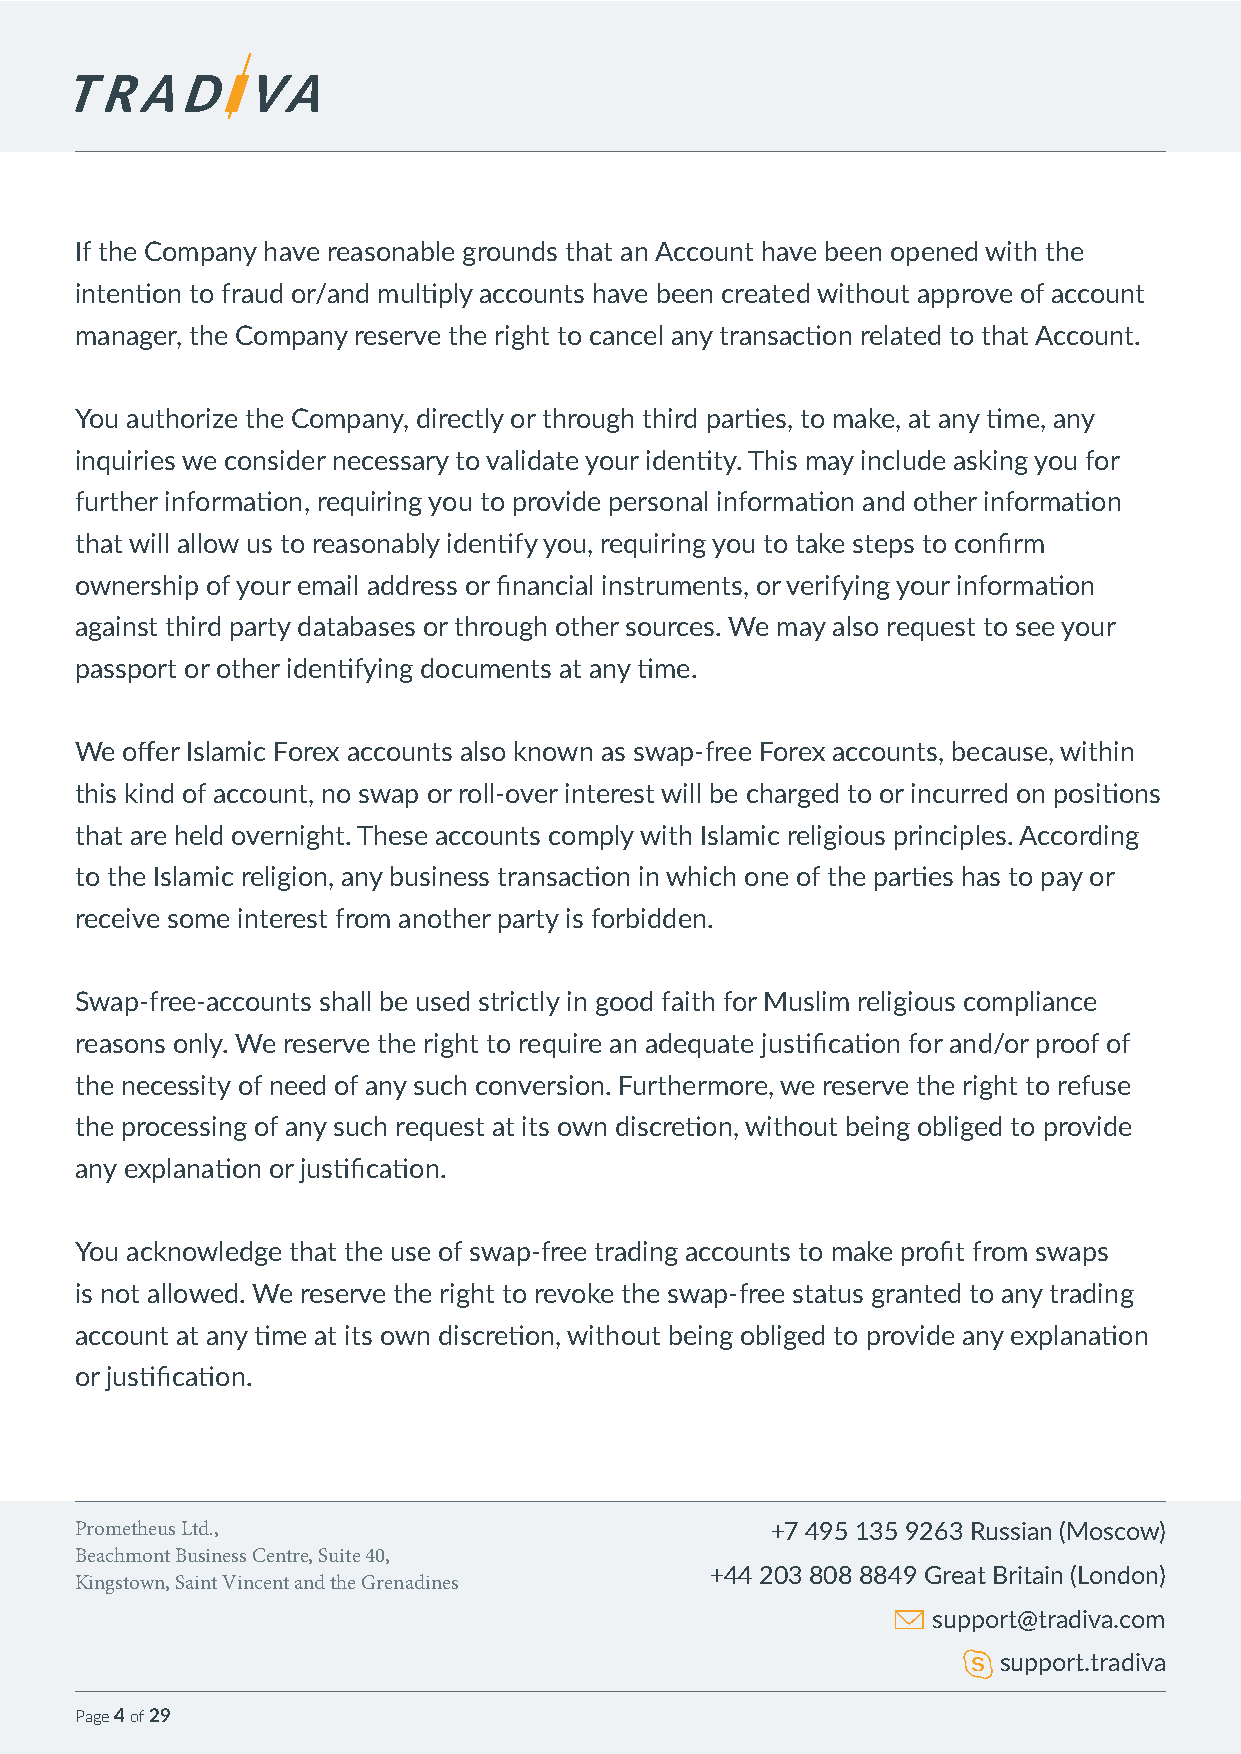
If the Company have reasonable grounds that an Account have been opened with the
 intention to fraud or/and multiply accounts have been created without approve of account
 manager, the Company reserve the right to cancel any transaction related to that Account.
 You authorize the Company, directly or through third parties, to make, at any time, any
 inquiries we consider necessary to validate your identity. This may include asking you for
 further information, requiring you to provide personal information and other information
 that will allow us to reasonably identify you, requiring you to take steps to confirm
 ownership of your email address or financial instruments, or verifying your information
 against third party databases or through other sources. We may also request to see your
 passport or other identifying documents at any time.
 We offer Islamic Forex accounts also known as swap-free Forex accounts, because, within
 this kind of account, no swap or roll-over interest will be charged to or incurred on positions
 that are held overnight. These accounts comply with Islamic religious principles. According
 to the Islamic religion, any business transaction in which one of the parties has to pay or
 receive some interest from another party is forbidden.
 Swap-free-accounts shall be used strictly in good faith for Muslim religious compliance
 reasons only. We reserve the right to require an adequate justification for and/or proof of
 the necessity of need of any such conversion. Furthermore, we reserve the right to refuse
 the processing of any such request at its own discretion, without being obliged to provide
 any explanation or justification.
 You acknowledge that the use of swap-free trading accounts to make profit from swaps
 is not allowed. We reserve the right to revoke the swap-free status granted to any trading
 account at any time at its own discretion, without being obliged to provide any explanation
 or justification.
 Prometheus Ltd.,                              +7 495 135 9263 Russian (Moscow)
 Beachmont Business Centre, Suite 40,
 +44 203 808 8849 Great Britain (London)
 Kingstown, Saint Vincent and the Grenadines
 support@tradiva.com
 support.tradiva
 Page 4 of 29